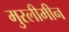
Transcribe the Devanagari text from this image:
मुस्लीमीन